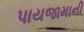
પાયજામાની